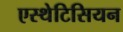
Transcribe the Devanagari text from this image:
एस्थेटिसियन